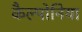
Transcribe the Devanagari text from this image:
कैल्पोनिया